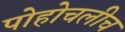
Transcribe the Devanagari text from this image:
पोहोचलीच